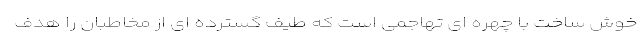
خوش ساخت با چهره ای تهاجمی است که طیف گسترده ای از مخاطبان را هدف